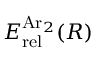
E _ { \mathrm { r e l } } ^ { \mathrm { A r } _ { 2 } } ( R )